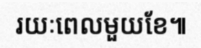
រយៈពេលមួយខែ៕